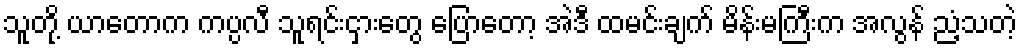
သူတို့ ယာတောက ကပ္ပလီ သူရင်းငှားတွေ ပြောတော့ အဲဒီ ထမင်းချက် မိန်းမကြီးက အလွန် ညံ့သတဲ့